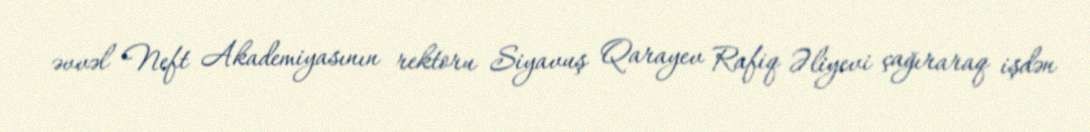
əvvəl Neft Akademiyasının rektoru Siyavuş Qarayev Rafiq Əliyevi çağıraraq işdən